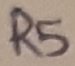
Text: R5